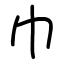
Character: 巾